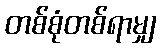
တစ်စုံတစ်ရာမျှ